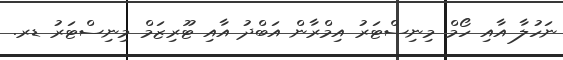
ނަހުލާ އާއި ހޯމް މިނިސްޓަރު އިމްރާން އަބްދު އާއި ޓޫރިޒަމް މިނިސްޓަރު ޑރ.